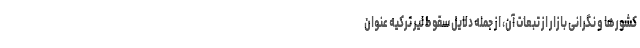
کشورها و نگرانی بازار از تبعات آن، از جمله دلایل سقوط لیر ترکیه عنوان